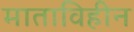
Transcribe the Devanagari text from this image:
माताविहीन